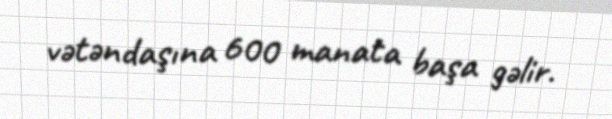
vətəndaşına 600 manata başa gəlir.